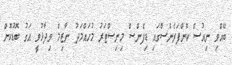
ބޭއްވި ނިއުސް ކޮންފަރެންސްގައި ޑިފެންސް މިނިސްޓަރު މުހައްމަދު ނާޒިމް ވިދާޅުވީ އަގު ބޮޑުކޮށް